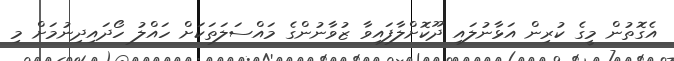
އެގޮތުން މީގެ ކުރިން އަޅާނުލައި ދޫކޮށްލާފައިވާ ޒުވާނުންގެ މައްސަލަތަކަށް ހައްލު ހޯދައިދިނުމަށް މި